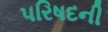
પરિષદની